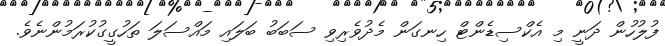
ފުލުހުން ދަނީ މި އެކްސިޑެންޓް ހިނގަން މެދުވެރިވި ސަބަބު ބަލައި މައްސަލަ ތަހުގީގުކުރަމުންނެވެ.